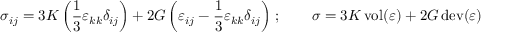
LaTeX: \sigma _ { i j } = 3 K \left( { \frac { 1 } { 3 } } \varepsilon _ { k k } \delta _ { i j } \right) + 2 G \left( \varepsilon _ { i j } - { \frac { 1 } { 3 } } \varepsilon _ { k k } \delta _ { i j } \right) \, ; \qquad { \boldsymbol { \sigma } } = 3 K \operatorname { v o l } ( { \boldsymbol { \varepsilon } } ) + 2 G \operatorname { d e v } ( { \boldsymbol { \varepsilon } } )